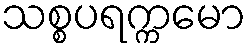
သစ္စပရက္ကမော